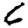
Digit: 6